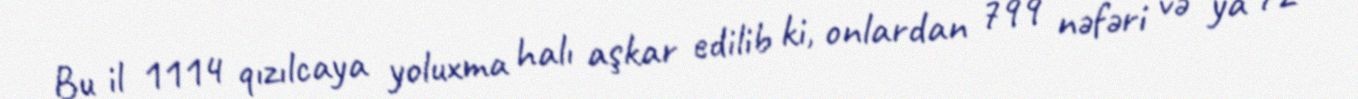
Bu il 1114 qızılcaya yoluxma halı aşkar edilib ki, onlardan 799 nəfəri və ya 72